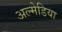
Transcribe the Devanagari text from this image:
अल्मेडिया